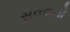
સવલતો